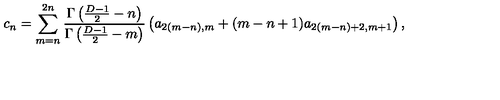
c _ { n } = \sum _ { m = n } ^ { 2 n } { \frac { \Gamma \left( { \frac { D - 1 } { 2 } } - n \right) } { \Gamma \left( { \frac { D - 1 } { 2 } } - m \right) } } \left( a _ { 2 ( m - n ) , m } + ( m - n + 1 ) a _ { 2 ( m - n ) + 2 , m + 1 } \right) ,